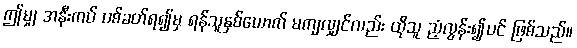
ဤမျှ အနီးကပ် ပစ်ခတ်ရ၍မှ ရန်သူနှစ်ယောက် မကျလျှင်လည်း ထိုသူ ညံ့လွန်း၍ပင် ဖြစ်သည်။